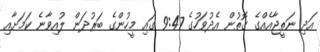
އަދި ނަތީޖާއެއްގެ ގޮތުން އެދުވަހުގެ 9:47 ގައި މީހުންގެ ބަރުދަން ލުއިވާނެ ކަމަށާއި